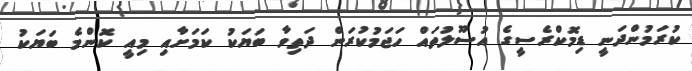
ކުރަމުންދަނީ ޑިމޮކްރެސީގެ އުސޫލުތައް ހަޖަމުކުރަން ދަތިވާ ބަޔަކު ކަމަށާއި މިއީ ކޮންމެ ބަޔަކު